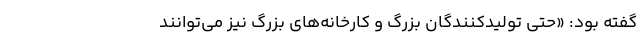
گفته بود: «حتی تولیدکنندگان بزرگ و کارخانه‌های بزرگ نیز می‌توانند